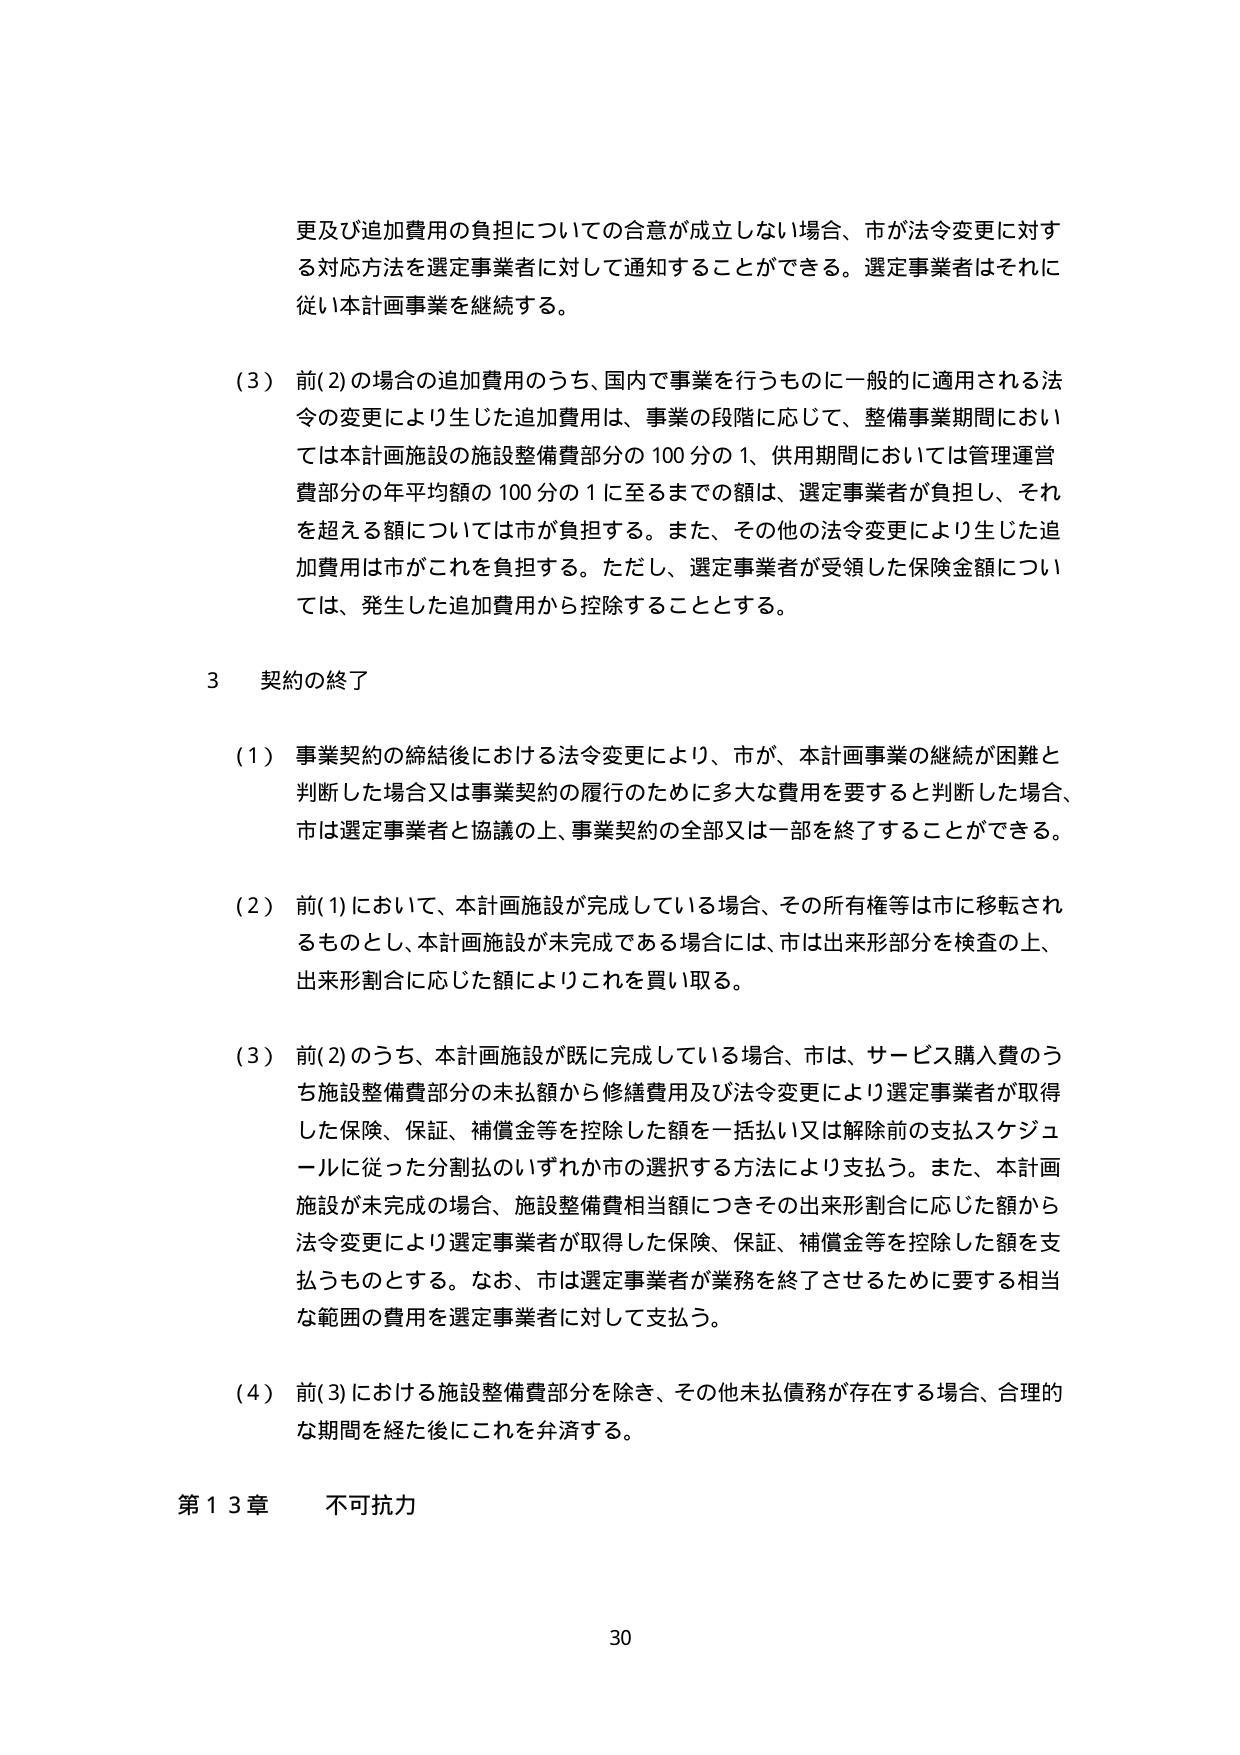
更及び追加費用の負担についての合意が成立しない場合、市が法令変更に対する対応方法を選定事業者に対して通知することができる。選定事業者はそれに従い本計画事業を継続する。

（3）前(2)の場合の追加費用のうち、国内で事業を行うものに一般的に適用される法令の変更により生じた追加費用は、事業の段階に応じて、整備事業期間においては本計画施設の施設整備費部分の100分の1、供用期間においては管理運営費部分の年平均額の100分の1に至るまでの額は、選定事業者が負担し、それを超える額については市が負担する。また、その他の法令変更により生じた追加費用は市がこれを負担する。ただし、選定事業者が受領した保険金額については、発生した追加費用から控除することとする。

3 契約の終了

（1）事業契約の締結後における法令変更により、市が、本計画事業の継続が困難と判断した場合又は事業契約の履行のために多大な費用を要すると判断した場合、市は選定事業者と協議の上、事業契約の全部又は一部を終了することができる。

（2）前(1)において、本計画施設が完成している場合、その所有権等は市に移転されるものとし、本計画施設が未完成である場合には、市は出来形部分を検査の上、出来形割合に応じた額によりこれを買い取る。

（3）前(2)のうち、本計画施設が既に完成している場合、市は、サービス購入費のうち施設整備費部分の未払額から修繕費用及び法令変更により選定事業者が取得した保険、保証、補償金等を控除した額を一括払い又は解除前の支払スケジュールに従った分割払いいずれか市の選択する方法により支払う。また、本計画施設が未完成の場合、施設整備費相当額につきその出来形割合に応じた額から法令変更により選定事業者が取得した保険、保証、補償金等を控除した額を支払うものとする。なお、市は選定事業者が業務を終了させるために要する相当な範囲の費用を選定事業者に対して支払う。

（4）前(3)における施設整備費部分を除き、その他未払債務が存在する場合、合理的な期間を経た後にこれを弁済する。

第13章 不可抗力

30